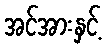
အင်အားနှင့်